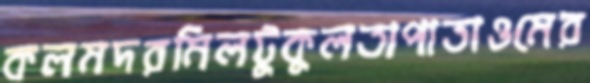
কলমদরমিলটুকুলতাপাতাওমের